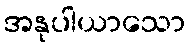
အနုပါယာသော